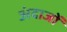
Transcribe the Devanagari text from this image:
अंदाजों